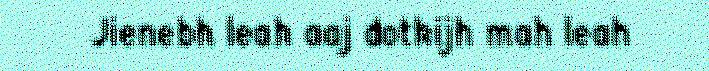
Jienebh leah aaj dotkijh mah leah